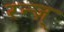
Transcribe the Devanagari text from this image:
रन्ज़्